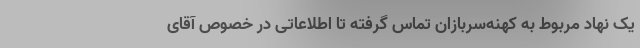
یک نهاد مربوط به کهنه‌سربازان تماس گرفته تا اطلاعاتی در خصوص آقای